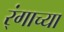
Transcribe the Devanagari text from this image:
र्ंगाच्या